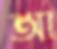
আ